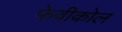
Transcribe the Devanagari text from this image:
फेवीकोल